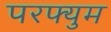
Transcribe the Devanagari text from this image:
परफ्युम